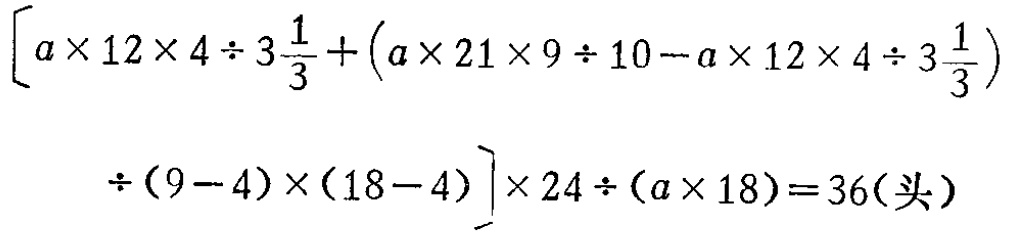
\[\left[a\times 12\times 4\div 3\frac{1}{3}+\left(a\times 21\times 9\div 10 - a\times 12\times 4\div 3\frac{1}{3}\right)\div(9 - 4)\times(18 - 4)\right]\times 24\div(a\times 18)=36(\text{头})\]